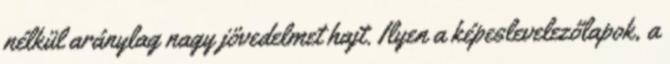
nélkül aránylag nagy jövedelmet hajt. Ilyen a képeslevelezőlapok, a